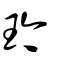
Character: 玪